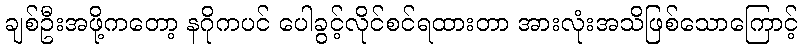
ချစ်ဦးအဖို့ကတော့ နဂိုကပင် ပေါခွင့်လိုင်စင်ရထားတာ အားလုံးအသိဖြစ်သောကြောင့်